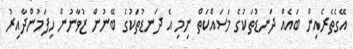
އޭގެތެރެއިން ބައެއް ދަނޑުތަކުގެ މަސައްކަތް ނިމި އެ ދަނޑުތަކުގެ ބޭނުން ޒުވާނުން ހިފަމުންދާއިރު